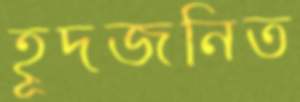
হূদজনিত